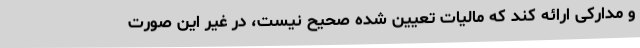
و مدارکی ارائه کند که مالیات تعیین شده صحیح نیست، در غیر این صورت